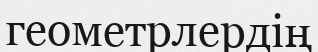
геометрлердің